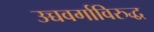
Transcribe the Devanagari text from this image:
उच्चवर्गाविरुद्ध